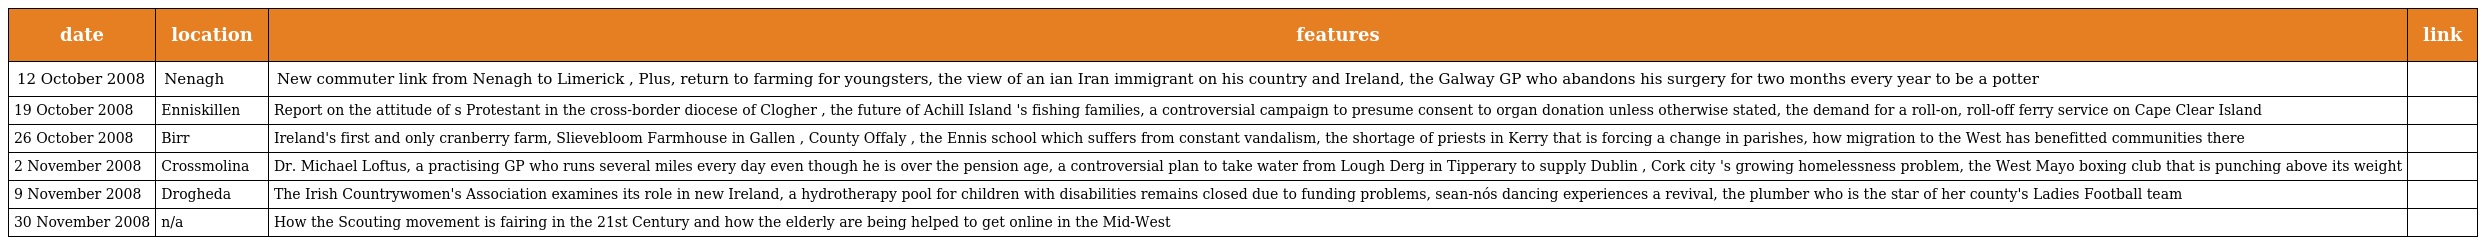
| date | location | features | link |
 | --- | --- | --- | --- |
 | 12 October 2008 | Nenagh | New commuter link from Nenagh to Limerick , Plus, return to farming for youngsters, the view of an ian Iran immigrant on his country and Ireland, the Galway GP who abandons his surgery for two months every year to be a potter |  |
 | 19 October 2008 | Enniskillen | Report on the attitude of s Protestant in the cross-border diocese of Clogher , the future of Achill Island 's fishing families, a controversial campaign to presume consent to organ donation unless otherwise stated, the demand for a roll-on, roll-off ferry service on Cape Clear Island |  |
 | 26 October 2008 | Birr | Ireland's first and only cranberry farm, Slievebloom Farmhouse in Gallen , County Offaly , the Ennis school which suffers from constant vandalism, the shortage of priests in Kerry that is forcing a change in parishes, how migration to the West has benefitted communities there |  |
 | 2 November 2008 | Crossmolina | Dr. Michael Loftus, a practising GP who runs several miles every day even though he is over the pension age, a controversial plan to take water from Lough Derg in Tipperary to supply Dublin , Cork city 's growing homelessness problem, the West Mayo boxing club that is punching above its weight |  |
 | 9 November 2008 | Drogheda | The Irish Countrywomen's Association examines its role in new Ireland, a hydrotherapy pool for children with disabilities remains closed due to funding problems, sean-nós dancing experiences a revival, the plumber who is the star of her county's Ladies Football team |  |
 | 30 November 2008 | n/a | How the Scouting movement is fairing in the 21st Century and how the elderly are being helped to get online in the Mid-West |  |